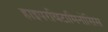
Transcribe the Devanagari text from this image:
हाइपरविटामिनोसिस